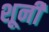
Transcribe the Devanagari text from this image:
शूनी